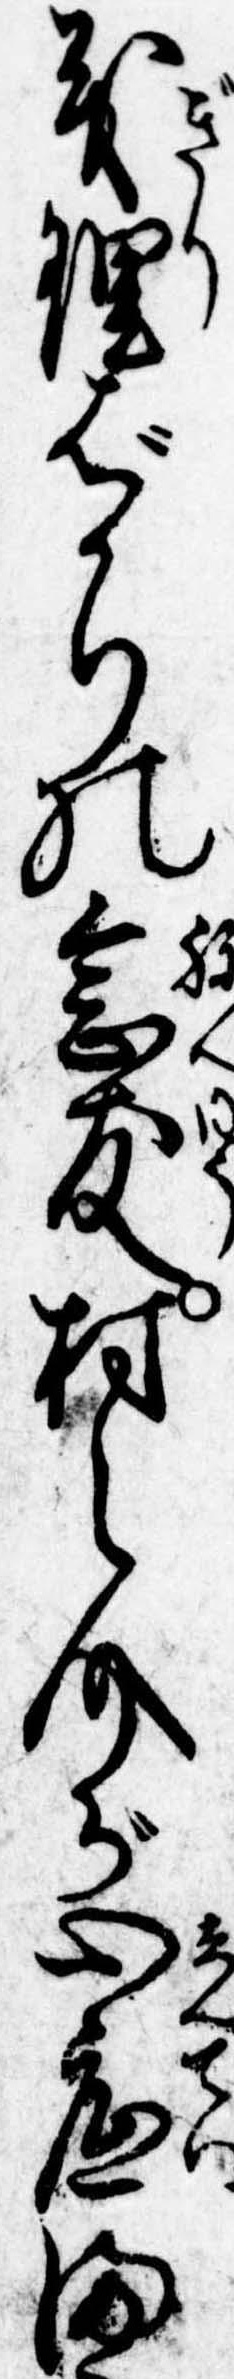
義理ばかりの念友村之介が心底ま